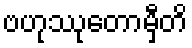
ဗဟုဿုတောမှီတိ